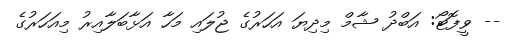
-- ވީފޮޓޯ: އަބްދު ޝާމް މިދިޔަ އަހަރުގެ ޖުލައި މަހާ އަޅާބަލާއިރު މިއަހަރުގެ